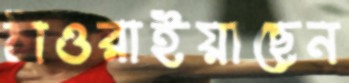
ঠাওরাইয়াছেন